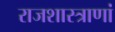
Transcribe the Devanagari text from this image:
राजशास्त्राणां